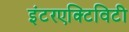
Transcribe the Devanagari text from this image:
इंटरएक्टिविटी